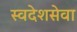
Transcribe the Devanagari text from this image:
स्वदेशसेवा